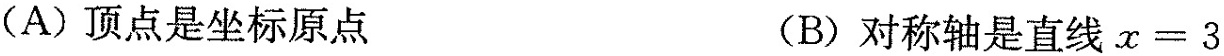
(A)顶点是坐标原点 (B)对称轴是直线$$x = 3$$